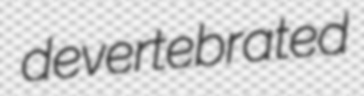
devertebrated